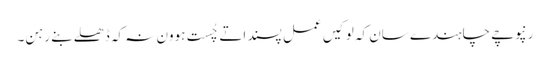
رنپوچے چاہندے سان کہ لوکیں عمل پسند اتے چُست ہوون نہ کہ ڈھلے بنے رہن۔